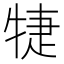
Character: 𤙶